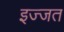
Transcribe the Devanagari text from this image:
इज्‍जत